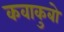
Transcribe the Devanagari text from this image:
कवाकुबो